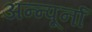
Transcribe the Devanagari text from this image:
अन्न्पूर्ना